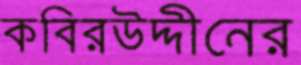
কবিরউদ্দীনের